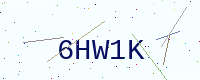
Text: 6HW1K